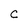
Character: C